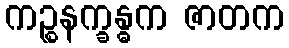
ကဉ္စနက္ခန္ဓက ဇာတက